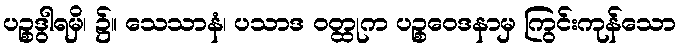
ပဉ္စဒွါရမှိ၊ ၌။ သေသာနံ၊ ပသာဒ ဝတ္ထုက ပဉ္စဝေဒနာမှ ကြွင်းကုန်သော